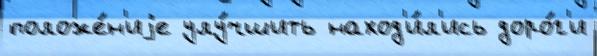
положе́н'иjе улу́чшить наход'и́л'ись доро́г'и